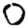
Digit: 0